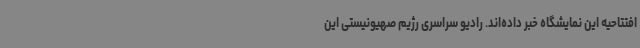
افتتاحیه این نمایشگاه خبر داده‌اند. رادیو سراسری رژیم صهیونیستی این